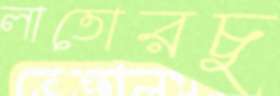
লাতোরচু